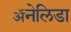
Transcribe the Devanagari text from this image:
ॲनेलिडा